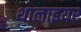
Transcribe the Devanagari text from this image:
थालाइयर